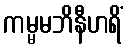
ကမ္မမဘိနီဟရိံ